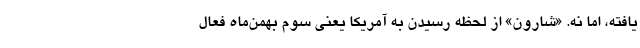
یافته، اما نه. «شارون» از لحظه رسیدن به آمریکا یعنی سوم بهمن‌ماه فعال